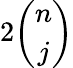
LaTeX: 2{\binom{n}{j}}